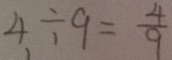
4 \div 9 = \frac { 4 } { 9 }